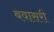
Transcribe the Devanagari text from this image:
बवासरी